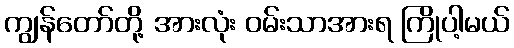
ကျွန်တော်တို့ အားလုံး ဝမ်းသာအားရ ကြိုပါ့မယ်